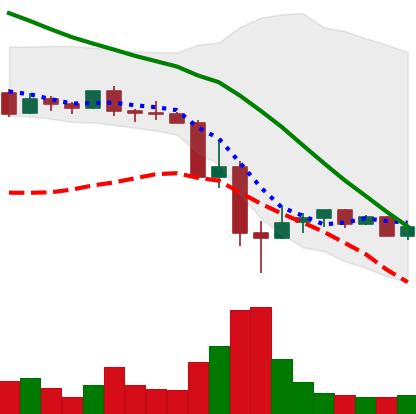
Ticker: DOGE-USD
Chart end date: 2022-05-19
Forward return: -3.559%
Label: down_3_5